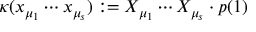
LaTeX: \kappa ( x _ { \mu _ { 1 } } \cdots x _ { \mu _ { s } } ) : = X _ { \mu _ { 1 } } \cdots X _ { \mu _ { s } } \cdot p ( 1 )